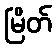
မြိတ်